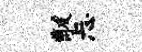
黻忐